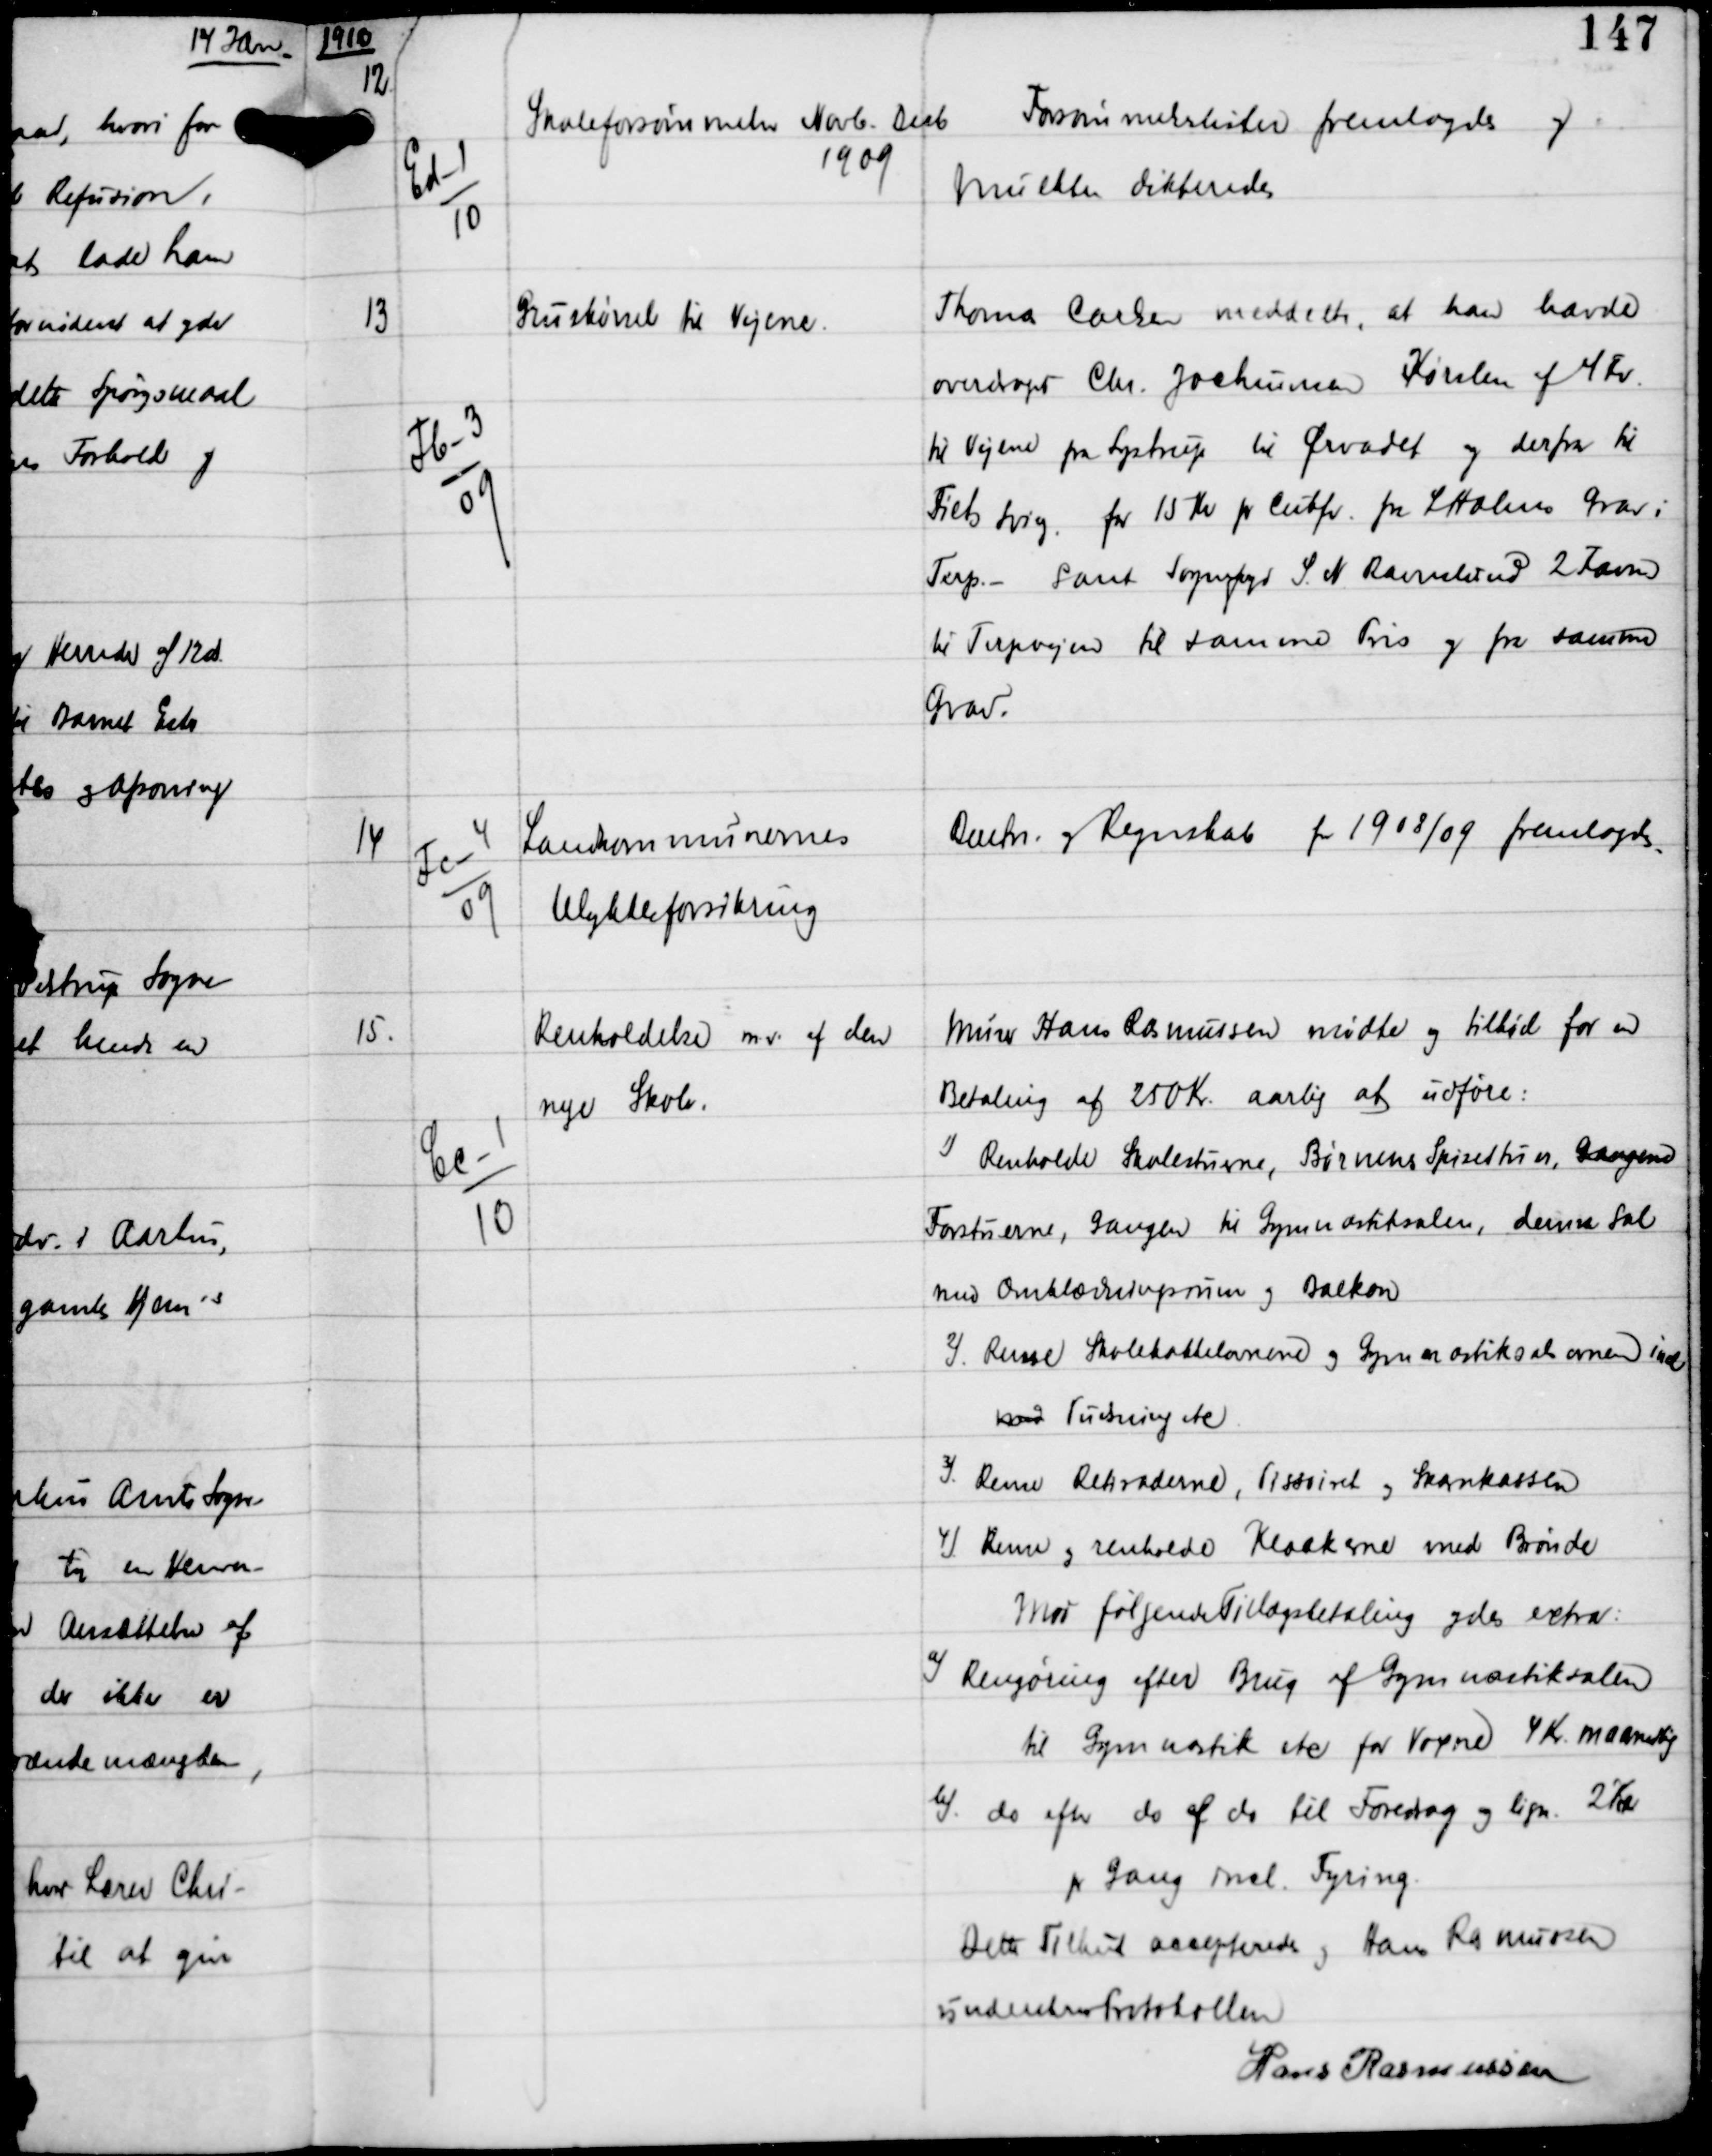
Transskription:
1910

12

Ed-1
10

Skoleforsømmelser Novb - Decb
1909

Forsømmelseslister fremlagdes og
Mulkter dikteredes

13

Fb-3
09

Gruskørsel til Vejene.

Thomas Carlsen meddelte, at han havde
overdraget Chr Jochumsen Kørslen af 4 Fv
til Vejene fra Lystrup til Ørvadet og derfra til
Fiels Sving for 15 Kr pr Cubfv fra L Holms Grav i
Terp. - Samt Sognefoged S N Ravnslund 2 Favne
til Terpvejen til samme Pris og fra samme
Grav.

14

Fc-4
09

Landkommunernes
Ulykkesforsikring

Beretn og Regnskab for 1908/09 fremlagdes.

15.

Cc-1
10

Renholdelse m.v. af den
nye Skole

Murer Hans Rasmussen mødte og tilbød for en
Betaling af 250 Kr aarlig at udføre:
1) Renholde Skolestuerne, Børnenes Spiserum, Gangene
Forstuerne, Gangen til Gymnastiksalen, denne Sal
med Omklædningsrum og Balkon.
2) Rense Skolekakkelovnene og Gymnastiksalsovnen incl
mod Pudsning etc.
3) Rense Retiraderne, Pissoiret og Skarnkassen
4) Rense og renholde Kloakerne med Brønde
Mod følgende Tillægsbetaling ydes extra:
a) Rengøring efter Brug af Gymnastiksalen
til Gymnastik etc for Voxne 4 Kr maanedlig
b) do efter do af do til Foredrag og lign 2 Kr
pr Gang incl Fyring.
Dette Tilbud accepteredes og Hans Rasmussen
underskrev Protokollen
Hans Rasmussen